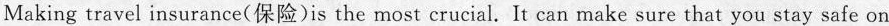
Making travel insurance(保险)is the most crucial. It can make sure that you stay safe on